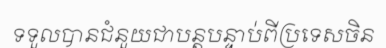
ទទួលបានជំនួយជាបន្តបន្ទាប់ពីប្រទេសចិន